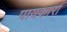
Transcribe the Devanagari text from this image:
पायकारा